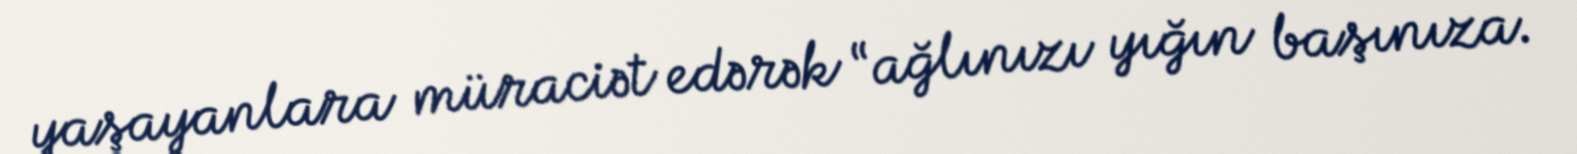
yaşayanlara müraciət edərək “ağlınızı yığın başınıza.